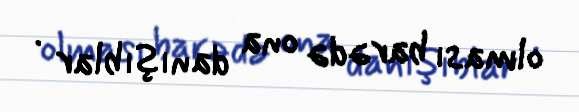
olması barədə ona danışıblar .